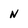
Character: n